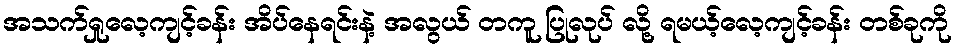
အသက်ရှုလေ့ကျင့်ခန်း အိပ်နေရင်းနဲ့ အလွယ် တကူ ပြုလုပ် လို့ ရမယ့်လေ့ကျင့်ခန်း တစ်ခုကို